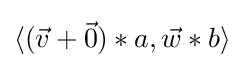
\langle ({\vec {v}}+{\vec {0}})*a,{\vec {w}}*b\rangle